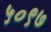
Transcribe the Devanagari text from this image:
५०९७